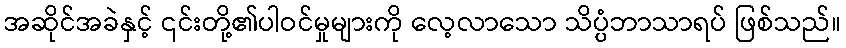
အဆိုင်အခဲနှင့် ၎င်းတို့၏ပါဝင်မှုများကို လေ့လာသော သိပ္ပံဘာသာရပ် ဖြစ်သည်။